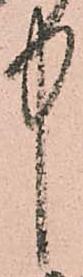
中